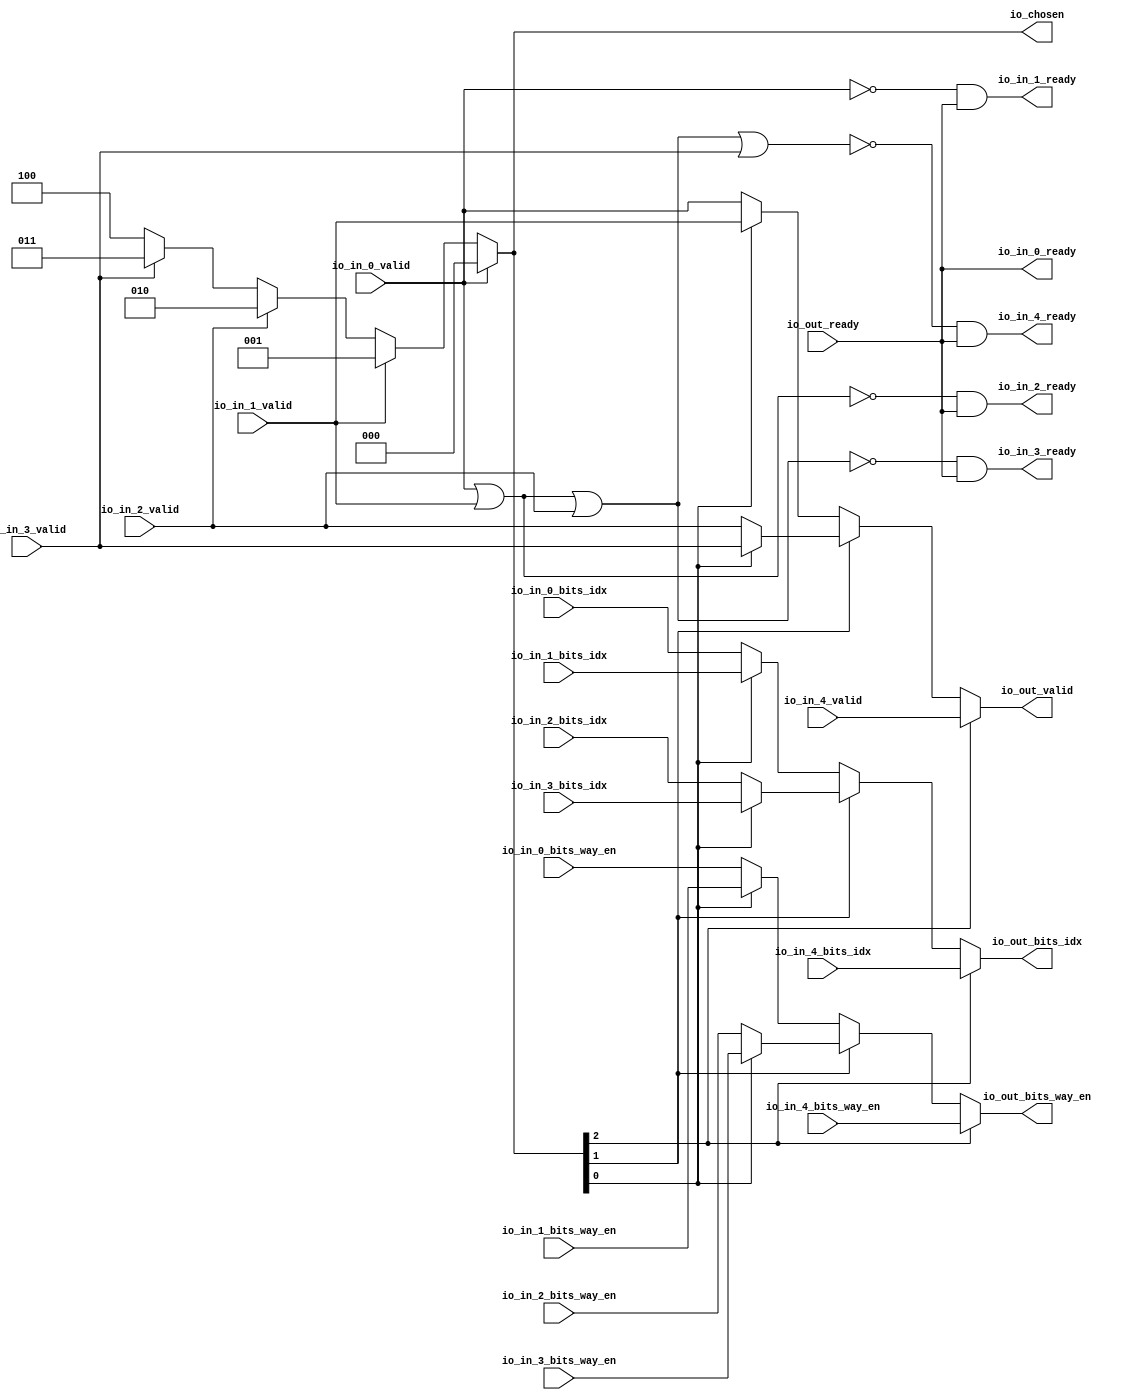
module mprcArbiter_0(
    output io_in_4_ready,
    input  io_in_4_valid,
    input [5:0] io_in_4_bits_idx,
    input [3:0] io_in_4_bits_way_en,
    output io_in_3_ready,
    input  io_in_3_valid,
    input [5:0] io_in_3_bits_idx,
    input [3:0] io_in_3_bits_way_en,
    output io_in_2_ready,
    input  io_in_2_valid,
    input [5:0] io_in_2_bits_idx,
    input [3:0] io_in_2_bits_way_en,
    output io_in_1_ready,
    input  io_in_1_valid,
    input [5:0] io_in_1_bits_idx,
    input [3:0] io_in_1_bits_way_en,
    output io_in_0_ready,
    input  io_in_0_valid,
    input [5:0] io_in_0_bits_idx,
    input [3:0] io_in_0_bits_way_en,
    input  io_out_ready,
    output io_out_valid,
    output[5:0] io_out_bits_idx,
    output[3:0] io_out_bits_way_en,
    output[2:0] io_chosen
);

  wire[2:0] chosen;
  wire[2:0] choose;
  wire[2:0] T0;
  wire[2:0] T1;
  wire[2:0] T2;
  wire[3:0] T3;
  wire[3:0] T4;
  wire[3:0] T5;
  wire T6;
  wire[2:0] T7;
  wire[3:0] T8;
  wire T9;
  wire T10;
  wire T11;
  wire[5:0] T12;
  wire[5:0] T13;
  wire[5:0] T14;
  wire T15;
  wire[5:0] T16;
  wire T17;
  wire T18;
  wire T19;
  wire T20;
  wire T21;
  wire T22;
  wire T23;
  wire T24;
  wire T25;
  wire T26;
  wire T27;
  wire T28;
  wire T29;
  wire T30;
  wire T31;
  wire T32;
  wire T33;
  wire T34;
  wire T35;
  wire T36;
  wire T37;
  wire T38;
  wire T39;
  wire T40;
  wire T41;


  assign io_chosen = chosen;
  assign chosen = choose;
  assign choose = io_in_0_valid ? 3'h0 : T0;
  assign T0 = io_in_1_valid ? 3'h1 : T1;
  assign T1 = io_in_2_valid ? 3'h2 : T2;
  assign T2 = io_in_3_valid ? 3'h3 : 3'h4;
  assign io_out_bits_way_en = T3;
  assign T3 = T11 ? io_in_4_bits_way_en : T4;
  assign T4 = T10 ? T8 : T5;
  assign T5 = T6 ? io_in_1_bits_way_en : io_in_0_bits_way_en;
  assign T6 = T7[1'h0];
  assign T7 = chosen;
  assign T8 = T9 ? io_in_3_bits_way_en : io_in_2_bits_way_en;
  assign T9 = T7[1'h0];
  assign T10 = T7[1'h1];
  assign T11 = T7[2'h2];
  assign io_out_bits_idx = T12;
  assign T12 = T19 ? io_in_4_bits_idx : T13;
  assign T13 = T18 ? T16 : T14;
  assign T14 = T15 ? io_in_1_bits_idx : io_in_0_bits_idx;
  assign T15 = T7[1'h0];
  assign T16 = T17 ? io_in_3_bits_idx : io_in_2_bits_idx;
  assign T17 = T7[1'h0];
  assign T18 = T7[1'h1];
  assign T19 = T7[2'h2];
  assign io_out_valid = T20;
  assign T20 = T27 ? io_in_4_valid : T21;
  assign T21 = T26 ? T24 : T22;
  assign T22 = T23 ? io_in_1_valid : io_in_0_valid;
  assign T23 = T7[1'h0];
  assign T24 = T25 ? io_in_3_valid : io_in_2_valid;
  assign T25 = T7[1'h0];
  assign T26 = T7[1'h1];
  assign T27 = T7[2'h2];
  assign io_in_0_ready = io_out_ready;
  assign io_in_1_ready = T28;
  assign T28 = T29 & io_out_ready;
  assign T29 = io_in_0_valid ^ 1'h1;
  assign io_in_2_ready = T30;
  assign T30 = T31 & io_out_ready;
  assign T31 = T32 ^ 1'h1;
  assign T32 = io_in_0_valid | io_in_1_valid;
  assign io_in_3_ready = T33;
  assign T33 = T34 & io_out_ready;
  assign T34 = T35 ^ 1'h1;
  assign T35 = T36 | io_in_2_valid;
  assign T36 = io_in_0_valid | io_in_1_valid;
  assign io_in_4_ready = T37;
  assign T37 = T38 & io_out_ready;
  assign T38 = T39 ^ 1'h1;
  assign T39 = T40 | io_in_3_valid;
  assign T40 = T41 | io_in_2_valid;
  assign T41 = io_in_0_valid | io_in_1_valid;
endmodule

module mprcArbiter_1(
    output io_in_1_ready,
    input  io_in_1_valid,
    input [5:0] io_in_1_bits_idx,
    input [3:0] io_in_1_bits_way_en,
    input [19:0] io_in_1_bits_data_tag,
    input [1:0] io_in_1_bits_data_coh_state,
    output io_in_0_ready,
    input  io_in_0_valid,
    input [5:0] io_in_0_bits_idx,
    input [3:0] io_in_0_bits_way_en,
    input [19:0] io_in_0_bits_data_tag,
    input [1:0] io_in_0_bits_data_coh_state,
    input  io_out_ready,
    output io_out_valid,
    output[5:0] io_out_bits_idx,
    output[3:0] io_out_bits_way_en,
    output[19:0] io_out_bits_data_tag,
    output[1:0] io_out_bits_data_coh_state,
    output io_chosen
);

  wire chosen;
  wire choose;
  wire[1:0] T0;
  wire T1;
  wire[19:0] T2;
  wire[3:0] T3;
  wire[5:0] T4;
  wire T5;
  wire T6;
  wire T7;

  assign io_chosen = chosen;
  assign chosen = choose;
  assign choose = io_in_0_valid == 1'h0;
  assign io_out_bits_data_coh_state = T0;
  assign T0 = T1 ? io_in_1_bits_data_coh_state : io_in_0_bits_data_coh_state;
  assign T1 = chosen;
  assign io_out_bits_data_tag = T2;
  assign T2 = T1 ? io_in_1_bits_data_tag : io_in_0_bits_data_tag;
  assign io_out_bits_way_en = T3;
  assign T3 = T1 ? io_in_1_bits_way_en : io_in_0_bits_way_en;
  assign io_out_bits_idx = T4;
  assign T4 = T1 ? io_in_1_bits_idx : io_in_0_bits_idx;
  assign io_out_valid = T5;
  assign T5 = T1 ? io_in_1_valid : io_in_0_valid;
  assign io_in_0_ready = io_out_ready;
  assign io_in_1_ready = T6;
  assign T6 = T7 & io_out_ready;
  assign T7 = io_in_0_valid ^ 1'h1;
endmodule

module mprcArbiter_2(
    output io_in_3_ready,
    input  io_in_3_valid,
    input [3:0] io_in_3_bits_way_en,
    input [11:0] io_in_3_bits_addr,
    output io_in_2_ready,
    input  io_in_2_valid,
    input [3:0] io_in_2_bits_way_en,
    input [11:0] io_in_2_bits_addr,
    output io_in_1_ready,
    input  io_in_1_valid,
    input [3:0] io_in_1_bits_way_en,
    input [11:0] io_in_1_bits_addr,
    output io_in_0_ready,
    input  io_in_0_valid,
    input [3:0] io_in_0_bits_way_en,
    input [11:0] io_in_0_bits_addr,
    input  io_out_ready,
    output io_out_valid,
    output[3:0] io_out_bits_way_en,
    output[11:0] io_out_bits_addr,
    output[1:0] io_chosen
);

  wire[1:0] chosen;
  wire[1:0] choose;
  wire[1:0] T0;
  wire[1:0] T1;
  wire[11:0] T2;
  wire[11:0] T3;
  wire T4;
  wire[1:0] T5;
  wire[11:0] T6;
  wire T7;
  wire T8;
  wire[3:0] T9;
  wire[3:0] T10;
  wire T11;
  wire[3:0] T12;
  wire T13;
  wire T14;
  wire T15;
  wire T16;
  wire T17;
  wire T18;
  wire T19;
  wire T20;
  wire T21;
  wire T22;
  wire T23;
  wire T24;
  wire T25;
  wire T26;
  wire T27;
  wire T28;
  wire T29;


  assign io_chosen = chosen;
  assign chosen = choose;
  assign choose = io_in_0_valid ? 2'h0 : T0;
  assign T0 = io_in_1_valid ? 2'h1 : T1;
  assign T1 = io_in_2_valid ? 2'h2 : 2'h3;
  assign io_out_bits_addr = T2;
  assign T2 = T8 ? T6 : T3;
  assign T3 = T4 ? io_in_1_bits_addr : io_in_0_bits_addr;
  assign T4 = T5[1'h0];
  assign T5 = chosen;
  assign T6 = T7 ? io_in_3_bits_addr : io_in_2_bits_addr;
  assign T7 = T5[1'h0];
  assign T8 = T5[1'h1];
  assign io_out_bits_way_en = T9;
  assign T9 = T14 ? T12 : T10;
  assign T10 = T11 ? io_in_1_bits_way_en : io_in_0_bits_way_en;
  assign T11 = T5[1'h0];
  assign T12 = T13 ? io_in_3_bits_way_en : io_in_2_bits_way_en;
  assign T13 = T5[1'h0];
  assign T14 = T5[1'h1];
  assign io_out_valid = T15;
  assign T15 = T20 ? T18 : T16;
  assign T16 = T17 ? io_in_1_valid : io_in_0_valid;
  assign T17 = T5[1'h0];
  assign T18 = T19 ? io_in_3_valid : io_in_2_valid;
  assign T19 = T5[1'h0];
  assign T20 = T5[1'h1];
  assign io_in_0_ready = io_out_ready;
  assign io_in_1_ready = T21;
  assign T21 = T22 & io_out_ready;
  assign T22 = io_in_0_valid ^ 1'h1;
  assign io_in_2_ready = T23;
  assign T23 = T24 & io_out_ready;
  assign T24 = T25 ^ 1'h1;
  assign T25 = io_in_0_valid | io_in_1_valid;
  assign io_in_3_ready = T26;
  assign T26 = T27 & io_out_ready;
  assign T27 = T28 ^ 1'h1;
  assign T28 = T29 | io_in_2_valid;
  assign T29 = io_in_0_valid | io_in_1_valid;
endmodule


module mprcArbiter_3(
    output io_in_1_ready,
    input  io_in_1_valid,
    input [3:0] io_in_1_bits_way_en,
    input [11:0] io_in_1_bits_addr,
    input [1:0] io_in_1_bits_wmask,
    input [127:0] io_in_1_bits_data,
    output io_in_0_ready,
    input  io_in_0_valid,
    input [3:0] io_in_0_bits_way_en,
    input [11:0] io_in_0_bits_addr,
    input [1:0] io_in_0_bits_wmask,
    input [127:0] io_in_0_bits_data,
    input  io_out_ready,
    output io_out_valid,
    output[3:0] io_out_bits_way_en,
    output[11:0] io_out_bits_addr,
    output[1:0] io_out_bits_wmask,
    output[127:0] io_out_bits_data,
    output io_chosen
);

  wire chosen;
  wire choose;
  wire[127:0] T0;
  wire T1;
  wire[1:0] T2;
  wire[11:0] T3;
  wire[3:0] T4;
  wire T5;
  wire T6;
  wire T7;


  assign io_chosen = chosen;
  assign chosen = choose;
  assign choose = io_in_0_valid == 1'h0;
  assign io_out_bits_data = T0;
  assign T0 = T1 ? io_in_1_bits_data : io_in_0_bits_data;
  assign T1 = chosen;
  assign io_out_bits_wmask = T2;
  assign T2 = T1 ? io_in_1_bits_wmask : io_in_0_bits_wmask;
  assign io_out_bits_addr = T3;
  assign T3 = T1 ? io_in_1_bits_addr : io_in_0_bits_addr;
  assign io_out_bits_way_en = T4;
  assign T4 = T1 ? io_in_1_bits_way_en : io_in_0_bits_way_en;
  assign io_out_valid = T5;
  assign T5 = T1 ? io_in_1_valid : io_in_0_valid;
  assign io_in_0_ready = io_out_ready;
  assign io_in_1_ready = T6;
  assign T6 = T7 & io_out_ready;
  assign T7 = io_in_0_valid ^ 1'h1;
endmodule

module mprcArbiter_4(
    output io_in_1_ready,
    input  io_in_1_valid,
    input [1:0] io_in_1_bits_addr_beat,
    input [25:0] io_in_1_bits_addr_block,
    input [1:0] io_in_1_bits_client_xact_id,
    input  io_in_1_bits_voluntary,
    input [2:0] io_in_1_bits_r_type,
    input [127:0] io_in_1_bits_data,
    input [3:0] io_in_1_bits_way_en,
    output io_in_0_ready,
    input  io_in_0_valid,
    input [1:0] io_in_0_bits_addr_beat,
    input [25:0] io_in_0_bits_addr_block,
    input [1:0] io_in_0_bits_client_xact_id,
    input  io_in_0_bits_voluntary,
    input [2:0] io_in_0_bits_r_type,
    input [127:0] io_in_0_bits_data,
    input [3:0] io_in_0_bits_way_en,
    input  io_out_ready,
    output io_out_valid,
    output[1:0] io_out_bits_addr_beat,
    output[25:0] io_out_bits_addr_block,
    output[1:0] io_out_bits_client_xact_id,
    output io_out_bits_voluntary,
    output[2:0] io_out_bits_r_type,
    output[127:0] io_out_bits_data,
    output[3:0] io_out_bits_way_en,
    output io_chosen
);

  wire chosen;
  wire choose;
  wire[3:0] T0;
  wire T1;
  wire[127:0] T2;
  wire[2:0] T3;
  wire T4;
  wire[1:0] T5;
  wire[25:0] T6;
  wire[1:0] T7;
  wire T8;
  wire T9;
  wire T10;


  assign io_chosen = chosen;
  assign chosen = choose;
  assign choose = io_in_0_valid == 1'h0;
  assign io_out_bits_way_en = T0;
  assign T0 = T1 ? io_in_1_bits_way_en : io_in_0_bits_way_en;
  assign T1 = chosen;
  assign io_out_bits_data = T2;
  assign T2 = T1 ? io_in_1_bits_data : io_in_0_bits_data;
  assign io_out_bits_r_type = T3;
  assign T3 = T1 ? io_in_1_bits_r_type : io_in_0_bits_r_type;
  assign io_out_bits_voluntary = T4;
  assign T4 = T1 ? io_in_1_bits_voluntary : io_in_0_bits_voluntary;
  assign io_out_bits_client_xact_id = T5;
  assign T5 = T1 ? io_in_1_bits_client_xact_id : io_in_0_bits_client_xact_id;
  assign io_out_bits_addr_block = T6;
  assign T6 = T1 ? io_in_1_bits_addr_block : io_in_0_bits_addr_block;
  assign io_out_bits_addr_beat = T7;
  assign T7 = T1 ? io_in_1_bits_addr_beat : io_in_0_bits_addr_beat;
  assign io_out_valid = T8;
  assign T8 = T1 ? io_in_1_valid : io_in_0_valid;
  assign io_in_0_ready = io_out_ready;
  assign io_in_1_ready = T9;
  assign T9 = T10 & io_out_ready;
  assign T10 = io_in_0_valid ^ 1'h1;
endmodule


module mprcArbiter_5(
    output io_in_1_ready,
    input  io_in_1_valid,
    input [2:0] io_in_1_bits_addr_beat,
    input [3:0] io_in_1_bits_client_xact_id,
    input  io_in_1_bits_manager_xact_id,
    input  io_in_1_bits_is_builtin_type,
    input [3:0] io_in_1_bits_g_type,
    input [63:0] io_in_1_bits_data,
    input  io_in_1_bits_client_id,
    output io_in_0_ready,
    input  io_in_0_valid,
    input [2:0] io_in_0_bits_addr_beat,
    input [3:0] io_in_0_bits_client_xact_id,
    input  io_in_0_bits_manager_xact_id,
    input  io_in_0_bits_is_builtin_type,
    input [3:0] io_in_0_bits_g_type,
    input [63:0] io_in_0_bits_data,
    input  io_in_0_bits_client_id,
    input  io_out_ready,
    output io_out_valid,
    output[2:0] io_out_bits_addr_beat,
    output[3:0] io_out_bits_client_xact_id,
    output io_out_bits_manager_xact_id,
    output io_out_bits_is_builtin_type,
    output[3:0] io_out_bits_g_type,
    output[63:0] io_out_bits_data,
    output io_out_bits_client_id,
    output io_chosen
);

  wire chosen;
  wire choose;
  wire T0;
  wire T1;
  wire[63:0] T2;
  wire[3:0] T3;
  wire T4;
  wire T5;
  wire[3:0] T6;
  wire[2:0] T7;
  wire T8;
  wire T9;
  wire T10;


  assign io_chosen = chosen;
  assign chosen = choose;
  assign choose = io_in_0_valid == 1'h0;
  assign io_out_bits_client_id = T0;
  assign T0 = T1 ? io_in_1_bits_client_id : io_in_0_bits_client_id;
  assign T1 = chosen;
  assign io_out_bits_data = T2;
  assign T2 = T1 ? io_in_1_bits_data : io_in_0_bits_data;
  assign io_out_bits_g_type = T3;
  assign T3 = T1 ? io_in_1_bits_g_type : io_in_0_bits_g_type;
  assign io_out_bits_is_builtin_type = T4;
  assign T4 = T1 ? io_in_1_bits_is_builtin_type : io_in_0_bits_is_builtin_type;
  assign io_out_bits_manager_xact_id = T5;
  assign T5 = T1 ? io_in_1_bits_manager_xact_id : io_in_0_bits_manager_xact_id;
  assign io_out_bits_client_xact_id = T6;
  assign T6 = T1 ? io_in_1_bits_client_xact_id : io_in_0_bits_client_xact_id;
  assign io_out_bits_addr_beat = T7;
  assign T7 = T1 ? io_in_1_bits_addr_beat : io_in_0_bits_addr_beat;
  assign io_out_valid = T8;
  assign T8 = T1 ? io_in_1_valid : io_in_0_valid;
  assign io_in_0_ready = io_out_ready;
  assign io_in_1_ready = T9;
  assign T9 = T10 & io_out_ready;
  assign T10 = io_in_0_valid ^ 1'h1;
endmodule

module mprcArbiter_6(
    output io_in_1_ready,
    input  io_in_1_valid,
    input [5:0] io_in_1_bits_idx,
    input [3:0] io_in_1_bits_way_en,
    input [19:0] io_in_1_bits_tag,
    output io_in_0_ready,
    input  io_in_0_valid,
    input [5:0] io_in_0_bits_idx,
    input [3:0] io_in_0_bits_way_en,
    input [19:0] io_in_0_bits_tag,
    input  io_out_ready,
    output io_out_valid,
    output[5:0] io_out_bits_idx,
    output[3:0] io_out_bits_way_en,
    output[19:0] io_out_bits_tag,
    output io_chosen
);

  wire chosen;
  wire choose;
  wire[19:0] T0;
  wire T1;
  wire[3:0] T2;
  wire[5:0] T3;
  wire T4;
  wire T5;
  wire T6;


  assign io_chosen = chosen;
  assign chosen = choose;
  assign choose = io_in_0_valid == 1'h0;
  assign io_out_bits_tag = T0;
  assign T0 = T1 ? io_in_1_bits_tag : io_in_0_bits_tag;
  assign T1 = chosen;
  assign io_out_bits_way_en = T2;
  assign T2 = T1 ? io_in_1_bits_way_en : io_in_0_bits_way_en;
  assign io_out_bits_idx = T3;
  assign T3 = T1 ? io_in_1_bits_idx : io_in_0_bits_idx;
  assign io_out_valid = T4;
  assign T4 = T1 ? io_in_1_valid : io_in_0_valid;
  assign io_in_0_ready = io_out_ready;
  assign io_in_1_ready = T5;
  assign T5 = T6 & io_out_ready;
  assign T6 = io_in_0_valid ^ 1'h1;
endmodule

module mprcArbiter_7(
    output io_in_1_ready,
    input  io_in_1_valid,
    input [39:0] io_in_1_bits_addr,
    input [8:0] io_in_1_bits_tag,
    input [4:0] io_in_1_bits_cmd,
    input [2:0] io_in_1_bits_typ,
    input  io_in_1_bits_kill,
    input  io_in_1_bits_phys,
    input [4:0] io_in_1_bits_sdq_id,
    output io_in_0_ready,
    input  io_in_0_valid,
    input [39:0] io_in_0_bits_addr,
    input [8:0] io_in_0_bits_tag,
    input [4:0] io_in_0_bits_cmd,
    input [2:0] io_in_0_bits_typ,
    input  io_in_0_bits_kill,
    input  io_in_0_bits_phys,
    input [4:0] io_in_0_bits_sdq_id,
    input  io_out_ready,
    output io_out_valid,
    output[39:0] io_out_bits_addr,
    output[8:0] io_out_bits_tag,
    output[4:0] io_out_bits_cmd,
    output[2:0] io_out_bits_typ,
    output io_out_bits_kill,
    output io_out_bits_phys,
    output[4:0] io_out_bits_sdq_id,
    output io_chosen
);

  wire chosen;
  wire choose;
  wire[4:0] T0;
  wire T1;
  wire T2;
  wire T3;
  wire[2:0] T4;
  wire[4:0] T5;
  wire[8:0] T6;
  wire[39:0] T7;
  wire T8;
  wire T9;
  wire T10;


  assign io_chosen = chosen;
  assign chosen = choose;
  assign choose = io_in_0_valid == 1'h0;
  assign io_out_bits_sdq_id = T0;
  assign T0 = T1 ? io_in_1_bits_sdq_id : io_in_0_bits_sdq_id;
  assign T1 = chosen;
  assign io_out_bits_phys = T2;
  assign T2 = T1 ? io_in_1_bits_phys : io_in_0_bits_phys;
  assign io_out_bits_kill = T3;
  assign T3 = T1 ? io_in_1_bits_kill : io_in_0_bits_kill;
  assign io_out_bits_typ = T4;
  assign T4 = T1 ? io_in_1_bits_typ : io_in_0_bits_typ;
  assign io_out_bits_cmd = T5;
  assign T5 = T1 ? io_in_1_bits_cmd : io_in_0_bits_cmd;
  assign io_out_bits_tag = T6;
  assign T6 = T1 ? io_in_1_bits_tag : io_in_0_bits_tag;
  assign io_out_bits_addr = T7;
  assign T7 = T1 ? io_in_1_bits_addr : io_in_0_bits_addr;
  assign io_out_valid = T8;
  assign T8 = T1 ? io_in_1_valid : io_in_0_valid;
  assign io_in_0_ready = io_out_ready;
  assign io_in_1_ready = T9;
  assign T9 = T10 & io_out_ready;
  assign T10 = io_in_0_valid ^ 1'h1;
endmodule

module mprcArbiter_8(
    output io_in_1_ready,
    input  io_in_1_valid,
    input  io_in_1_bits,
    output io_in_0_ready,
    input  io_in_0_valid,
    input  io_in_0_bits,
    input  io_out_ready,
    output io_out_valid,
    output io_out_bits,
    output io_chosen
);

  wire chosen;
  wire choose;
  wire T0;
  wire T1;
  wire T2;
  wire T3;
  wire T4;


  assign io_chosen = chosen;
  assign chosen = choose;
  assign choose = io_in_0_valid == 1'h0;
  assign io_out_bits = T0;
  assign T0 = T1 ? io_in_1_bits : io_in_0_bits;
  assign T1 = chosen;
  assign io_out_valid = T2;
  assign T2 = T1 ? io_in_1_valid : io_in_0_valid;
  assign io_in_0_ready = io_out_ready;
  assign io_in_1_ready = T3;
  assign T3 = T4 & io_out_ready;
  assign T4 = io_in_0_valid ^ 1'h1;
endmodule

module mprcArbiter_9(
    output io_in_0_ready,
    input  io_in_0_valid,
    input  io_in_0_bits,
    input  io_out_ready,
    output io_out_valid,
    output io_out_bits,
    output io_chosen
);

  wire chosen;


  assign io_chosen = chosen;
  assign chosen = 1'h0;
  assign io_out_bits = io_in_0_bits;
  assign io_out_valid = io_in_0_valid;
  assign io_in_0_ready = io_out_ready;
endmodule

module mprcArbiter_10(
    output io_in_0_ready,
    input  io_in_0_valid,
    input [39:0] io_in_0_bits_addr,
    input [8:0] io_in_0_bits_tag,
    input [4:0] io_in_0_bits_cmd,
    input [2:0] io_in_0_bits_typ,
    input [63:0] io_in_0_bits_data,
    input  io_in_0_bits_nack,
    input  io_in_0_bits_replay,
    input  io_in_0_bits_has_data,
    input [63:0] io_in_0_bits_data_word_bypass,
    input [63:0] io_in_0_bits_store_data,
    input  io_out_ready,
    output io_out_valid,
    output[39:0] io_out_bits_addr,
    output[8:0] io_out_bits_tag,
    output[4:0] io_out_bits_cmd,
    output[2:0] io_out_bits_typ,
    output[63:0] io_out_bits_data,
    output io_out_bits_nack,
    output io_out_bits_replay,
    output io_out_bits_has_data,
    output[63:0] io_out_bits_data_word_bypass,
    output[63:0] io_out_bits_store_data,
    output io_chosen
);

  wire chosen;


  assign io_chosen = chosen;
  assign chosen = 1'h0;
  assign io_out_bits_store_data = io_in_0_bits_store_data;
  assign io_out_bits_data_word_bypass = io_in_0_bits_data_word_bypass;
  assign io_out_bits_has_data = io_in_0_bits_has_data;
  assign io_out_bits_replay = io_in_0_bits_replay;
  assign io_out_bits_nack = io_in_0_bits_nack;
  assign io_out_bits_data = io_in_0_bits_data;
  assign io_out_bits_typ = io_in_0_bits_typ;
  assign io_out_bits_cmd = io_in_0_bits_cmd;
  assign io_out_bits_tag = io_in_0_bits_tag;
  assign io_out_bits_addr = io_in_0_bits_addr;
  assign io_out_valid = io_in_0_valid;
  assign io_in_0_ready = io_out_ready;
endmodule